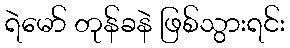
ရဲမော် တုန်ခနဲ ဖြစ်သွားရင်း